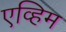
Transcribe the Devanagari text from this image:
एव्हिम